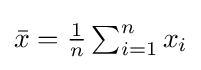
{\textstyle \textstyle {\bar {x}}={\frac {1}{n}}\sum _{i=1}^{n}x_{i}}